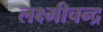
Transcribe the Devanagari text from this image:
लक्ष्मीचन्द्र